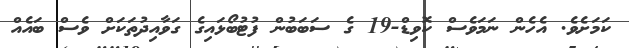
ކަމަށެވެ. އެހެން ނަމަވެސް ކޮވިޑް-19 ގެ ސަބަބުން ފުޓުބޯޅައިގެ ގަވާއިދުތަކަށް ވެސް ބައެއް